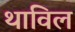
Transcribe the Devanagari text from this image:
थाविल